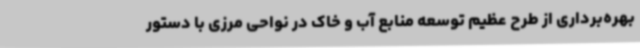
بهره‌برداری از طرح عظیم توسعه منابع آب و خاک در نواحی مرزی با دستور